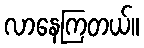
လာနေကြတယ်။